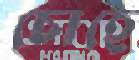
চোহে